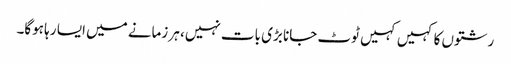
رشتوں کا کہیں کہیں ٹوٹ جانا بڑی بات نہیں، ہر زمانے میں ایسا رہا ہوگا۔